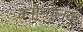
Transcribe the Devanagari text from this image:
वनोन्मूलक